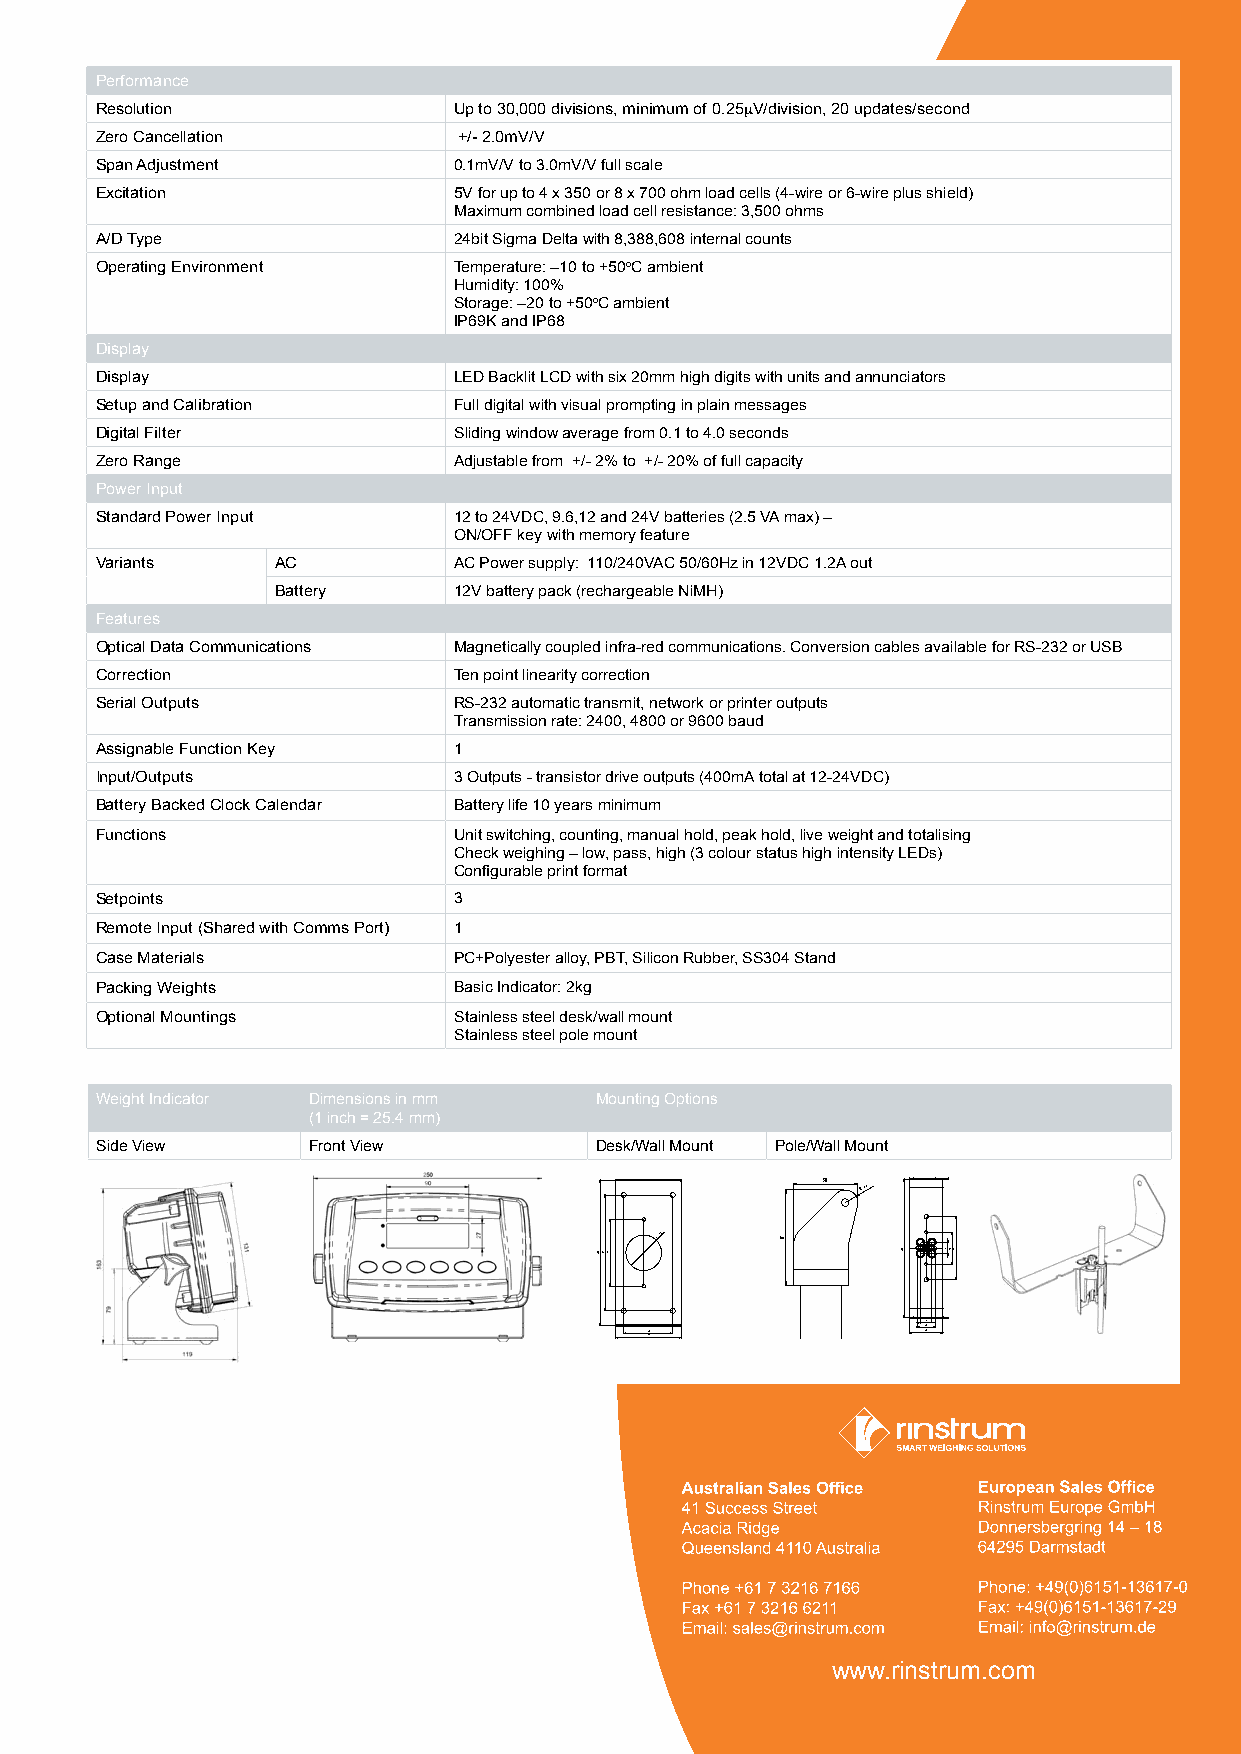
Performance
 Resolution              Up to 30,000 divisions, minimum of 0.25mV/division, 20 updates/second
 Zero Cancellation       +/- 2.0mV/V
 Span Adjustment         0.1mV/V to 3.0mV/V full scale
 Excitation              5V for up to 4 x 350 or 8 x 700 ohm load cells (4-wire or 6-wire plus shield)
 Maximum combined load cell resistance: 3,500 ohms
 A/D Type                24bit Sigma Delta with 8,388,608 internal counts
 Operating Environment   Temperature: –10 to +50oC ambient
 Humidity: 100%
 Storage: –20 to +50oC ambient
 IP69K and IP68
 Display
 Display                 LED Backlit LCD with six 20mm high digits with units and annunciators
 Setup and Calibration   Full digital with visual prompting in plain messages
 Digital Filter          Sliding window average from 0.1 to 4.0 seconds
 Zero Range              Adjustable from +/- 2% to +/- 20% of full capacity
 Power Input
 Standard Power Input    12 to 24VDC, 9.6,12 and 24V batteries (2.5 VA max) –
 ON/OFF key with memory feature
 Variants    AC          AC Power supply: 110/240VAC 50/60Hz in 12VDC 1.2A out
 Battery     12V battery pack (rechargeable NiMH)
 Features
 Optical Data Communications Magnetically coupled infra-red communications. Conversion cables available for RS-232 or USB
 Correction              Ten point linearity correction
 Serial Outputs          RS-232 automatic transmit, network or printer outputs
 Transmission rate: 2400, 4800 or 9600 baud
 Assignable Function Key 1
 Input/Outputs           3 Outputs - transistor drive outputs (400mA total at 12-24VDC)
 Battery Backed Clock Calendar Battery life 10 years minimum
 Functions               Unit switching, counting, manual hold, peak hold, live weight and totalising
 Check weighing – low, pass, high (3 colour status high intensity LEDs)
 Configurable print format
 Setpoints               3
 Remote Input (Shared with Comms Port) 1
 Case Materials          PC+Polyester alloy, PBT, Silicon Rubber, SS304 Stand
 Packing Weights         Basic Indicator: 2kg
 Optional Mountings      Stainless steel desk/wall mount
 Stainless steel pole mount
 Weight Indicator Dimensions in mm Mounting Options
 (1 inch = 25.4 mm)
 Side View     Front View         Desk/Wall Mount Pole/Wall Mount
 58 R11
 ÿ51
 7904
 125780
 www.rinstrum.com
 85506921
 78
 802 857491